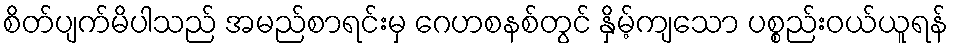
စိတ်ပျက်မိပါသည် အမည်စာရင်းမှ ဂေဟစနစ်တွင် နှိမ့်ကျသော ပစ္စည်းဝယ်ယူရန်